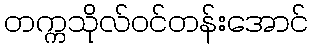
တက္ကသိုလ်ဝင်တန်းအောင်